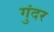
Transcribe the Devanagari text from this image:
गुंदर